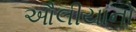
ઔલીયાનો